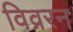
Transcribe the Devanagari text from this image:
विव्ररन